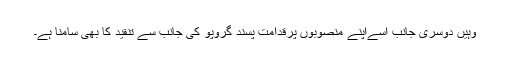
وہیں دوسری جانب اسےاپنے منصوبوں پرقدامت پسند گروپو کی جانب سے تنقید کا بھی سامنا ہے۔